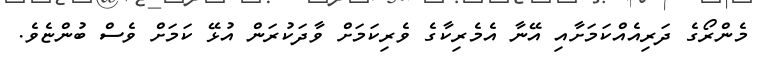
މެންރޯގެ ދަރިއެއްކަމަށާއި އޭނާ އެމެރިކާގެ ވެރިކަމަށް ވާދަކުރަން އުޅޭ ކަމަށް ވެސް ބުންޏެވެ.